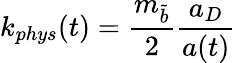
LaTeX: k_{phys}(t)=\frac{m_{\tilde{b}}}{2}\frac{a_{D}}{a(t)}